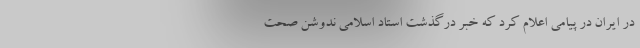
در ایران در پیامی اعلام کرد که خبر درگذشت استاد اسلامی ندوشن صحت